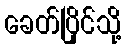
ခေတ်ပြိုင်သို့